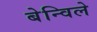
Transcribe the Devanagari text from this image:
बेन्विले